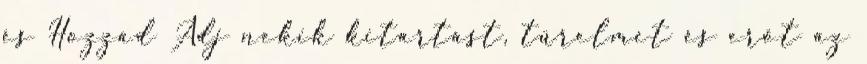
és Hozzád Adj nekik kitartást, türelmet és erőt az